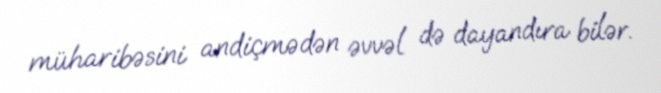
müharibəsini andiçmədən əvvəl də dayandıra bilər.